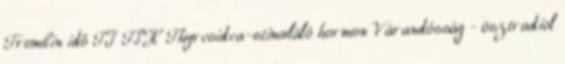
Trombin idő TI TSH Thyreoidea-stimuláló hormon Várandósság - ösztradiol